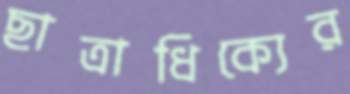
ছাত্রাধিক্যের